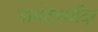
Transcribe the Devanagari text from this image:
नामदेवमंदिर